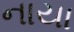
નાયા